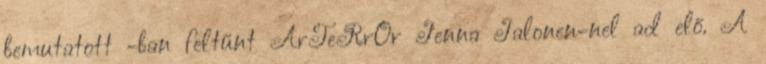
bemutatott -ban feltűnt ArTeRrOr Jenna Jalonen-nel ad elő. A